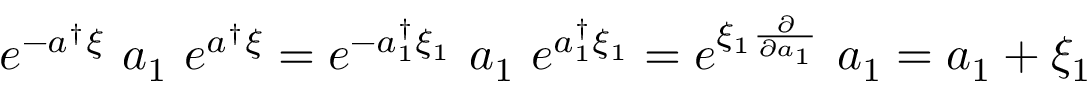
e ^ { - a ^ { \dag } \xi } ~ a _ { 1 } ~ e ^ { a ^ { \dag } \xi } = e ^ { - a _ { 1 } ^ { \dag } \xi _ { 1 } } ~ a _ { 1 } ~ e ^ { a _ { 1 } ^ { \dag } \xi _ { 1 } } = e ^ { \xi _ { 1 } \frac { \partial } { \partial a _ { 1 } } } ~ a _ { 1 } = a _ { 1 } + \xi _ { 1 }